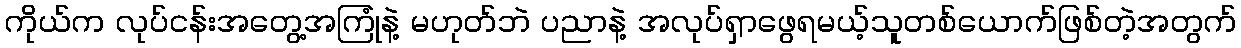
ကိုယ်က လုပ်ငန်းအတွေ့အကြုံနဲ့ မဟုတ်ဘဲ ပညာနဲ့ အလုပ်ရှာဖွေရမယ့်သူတစ်ယောက်ဖြစ်တဲ့အတွက်